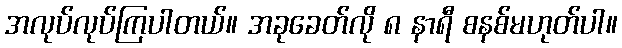
အလုပ်လုပ်ကြပါတယ်။ အခုခေတ်လို ၈ နာရီ စနစ်မဟုတ်ပါ။